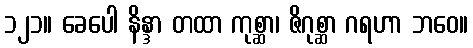
၁၂၁။ ခေပေါ နိန္ဒာ တထာ ကုစ္ဆာ၊ ဇိဂုစ္ဆာ ဂရဟာ ဘဝေ။